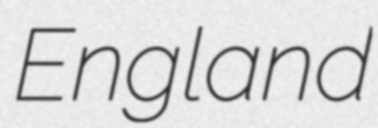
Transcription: England